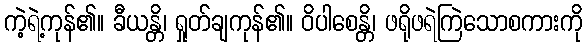
ကဲ့ရဲ့ကုန်၏။ ခီယန္တိ၊ ရှုတ်ချကုန်၏။ ဝိပါစေန္တိ၊ ဖရိုဖရဲကြဲသောစကားကို